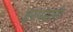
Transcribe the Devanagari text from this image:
इस्पहानी